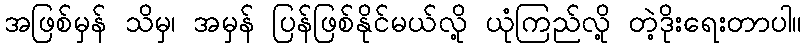
အဖြစ်မှန် သိမှ၊ အမှန် ပြန်ဖြစ်နိုင်မယ်လို့ ယုံကြည်လို့ တဲ့ဒိုးရေးတာပါ။